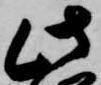
此